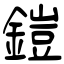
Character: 鎧